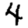
Digit: 4